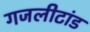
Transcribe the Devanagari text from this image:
गजलीटांड